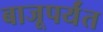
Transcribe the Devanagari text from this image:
बाजूपर्यंत